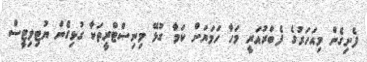
ފެށިގެން މިއަހަރުގެ ފެބްރުއަރީ މަހާ ހަމަޔަށް ކަމާ ގުޅޭ މިނިސްޓްރީތަކާ ގުޅިގެން ޔުޓިލިޓީސް